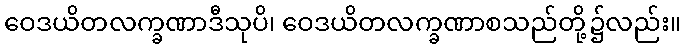
ဝေဒယိတလက္ခဏာဒီသုပိ၊ ဝေဒယိတလက္ခဏာစသည်တို့၌လည်း။